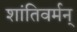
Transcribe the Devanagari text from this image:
शांतिवर्मन्